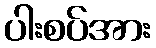
ပါးစပ်အား